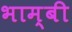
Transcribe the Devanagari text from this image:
भाम्बी